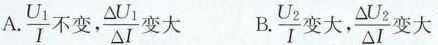
A.\frac{U_{1}}{I}不变，\frac{\Delta U_{1}}{\Delta I}变大 B.\frac{U_{2}}{I}变大，\frac{\Delta U_{2}}{\Delta I}变大